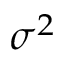
\sigma ^ { 2 }